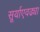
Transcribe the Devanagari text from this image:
सूर्याएवढ्या